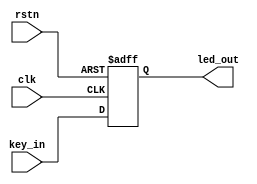
module flip(clk,rstn,key_in,led_out);
input clk,rstn,key_in;
output led_out;
reg led_out;
/*
always @(posedge clk) 
begin
    if(!rstn)
     led_out<=1'b0;
    else 
     led_out<=key_in;
end
*/
//
always @(posedge clk or negedge rstn) 
begin
    if(!rstn)
    begin
    led_out<=1'b0;
    end 
    else 
    led_out<=key_in;
end
 endmodule